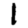
Digit: 1